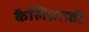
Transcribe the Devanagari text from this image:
कैलिग्राफ़ी